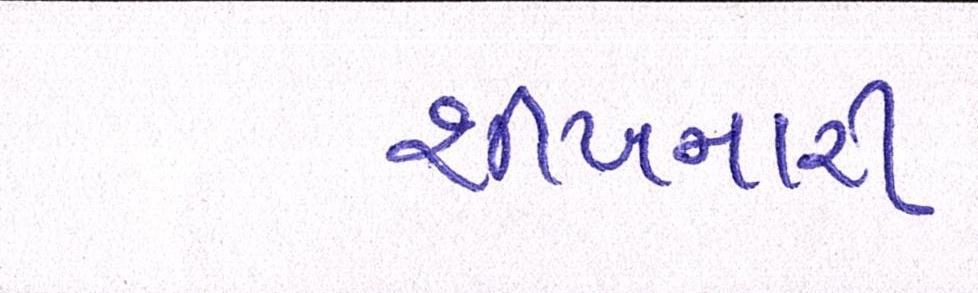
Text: શીખનારી